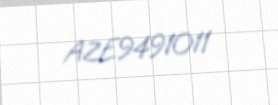
AZE9491011